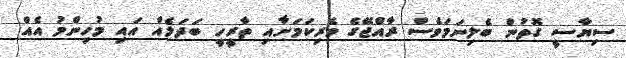
ސިޔާސީ ގޮތުން ބެލިނަމަވެސް ރާއްޖޭގެ ވެރިކަމަށާއި ތާރީހީ ބަދަލެއް އައި މުހިންމު އެއް